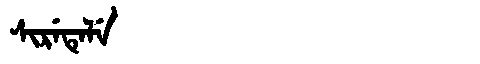
Manchu: ᠰᡳᡵᡝᡨᡝᠯᡝ
Romanization: SIRETELE